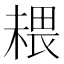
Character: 𰘉